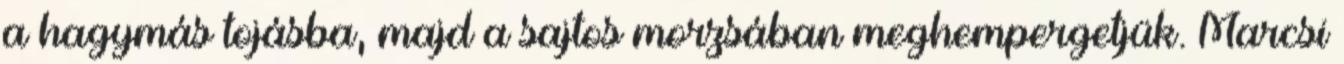
a hagymás tojásba, majd a sajtos morzsában meghempergetjük. Marcsi